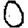
Digit: 0